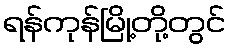
ရန်ကုန်မြို့တို့တွင်